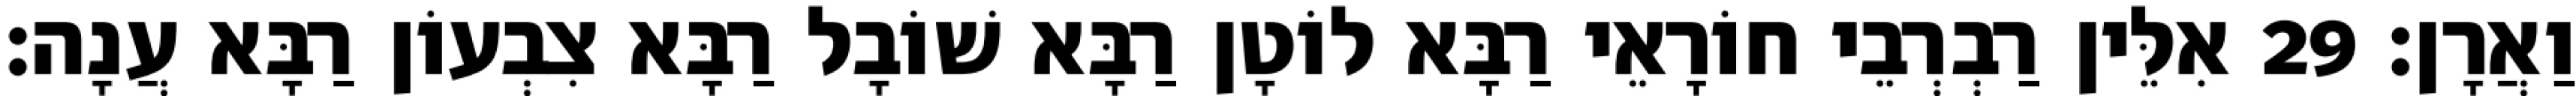
וַאֲרָן׃ 29 אִלֵּין רַבְרְבֵי חוֹרָאֵי רַבָּא לוֹטָן רַבָּא שׁוֹבָל רַבָּא צִבְעוֹן רַבָּא עֲנָה׃